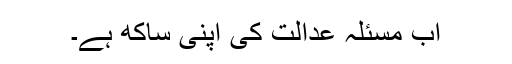
اب مسئلہ عدالت کی اپنی ساکھ ہے۔